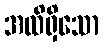
အထိရှိသော